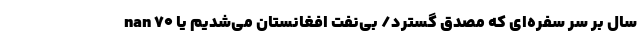
nan 70 سال بر سر سفره‌ای که مصدق گسترد/ بی‌نفت افغانستان می‌شدیم یا